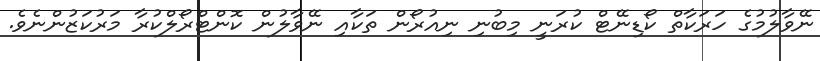
ނޭވާލުމުގެ ހަރަކާތް ކޯޑިނޭޓް ކުރަނީ މިބުނި ނިއުރޯން ތަކާއި ނޭވާލުން ކޮންޓްރޯލްކުރާ މަރުކަޒުންނެވެ.